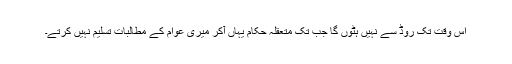
اس وقت تک روڈ سے نہیں ہٹوں گا جب تک متعقلہ حکام یہاں آکر میری عوام کے مطالبات تسلیم نہیں کرتے۔